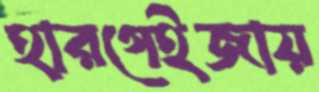
হারগেইজায়